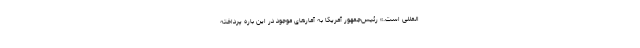
المللی است.» رئیس‌جمهور آمریکا به آمارهای موجود در این باره پرداخته